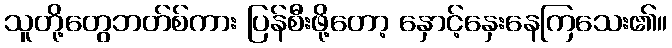
သူတို့တွေဘတ်စ်ကား ပြန်စီးဖို့တော့ နှောင့်နှေးနေကြသေး၏။